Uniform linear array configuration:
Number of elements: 32
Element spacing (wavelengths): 1
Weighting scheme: kaiser
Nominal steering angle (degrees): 60
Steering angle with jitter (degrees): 58.903
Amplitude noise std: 0.05
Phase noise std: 0.05

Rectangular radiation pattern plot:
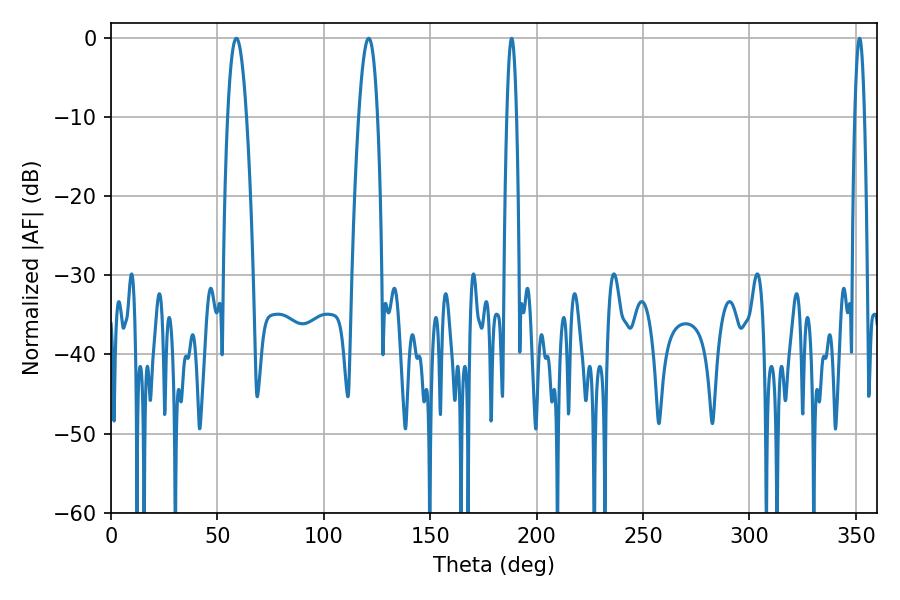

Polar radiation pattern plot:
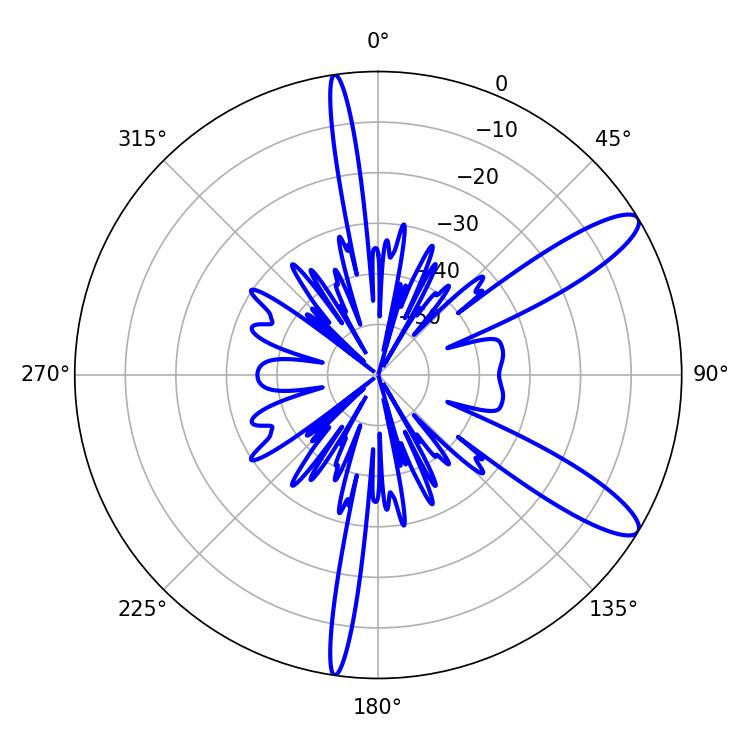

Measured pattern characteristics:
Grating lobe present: TRUE
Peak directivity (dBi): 11.419
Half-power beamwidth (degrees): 2.52
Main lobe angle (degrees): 351.72